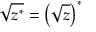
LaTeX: { \sqrt { z ^ { * } } } = \left( { \sqrt { z } } \right) ^ { * }